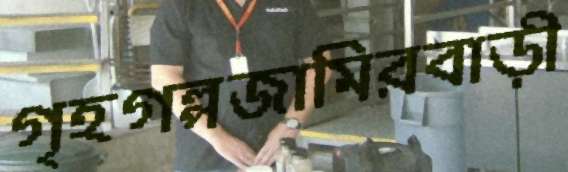
গৃহগল্পজামিরবাড়ী